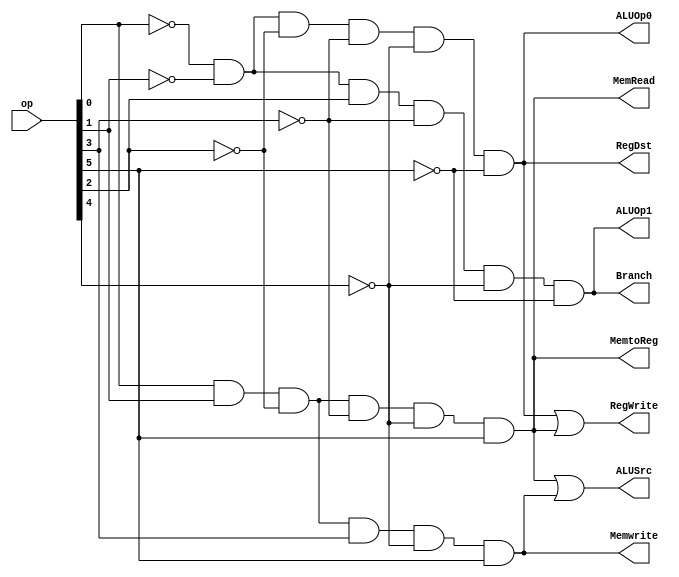
module main_control_pla(RegDst,ALUSrc,MemtoReg,RegWrite,MemRead,Memwrite,Branch,ALUOp0,ALUOp1,op);
    input [5:0] op;
    output RegDst,ALUSrc,MemtoReg,RegWrite,MemRead,Memwrite,Branch,ALUOp0,ALUOp1;
    

    wire Rformat,lw,sw,beq;

    assign Rformat=(~op[0])&(~op[1])&(~op[2])&(~op[3])&(~op[4])&(~op[5]);
    assign lw=(op[0])&(op[1])&(~op[2])&(~op[3])&(~op[4])&(op[5]);
    assign sw=(op[0])&(op[1])&(~op[2])&(op[3])&(~op[4])&(op[5]);
    assign beq=(~op[0])&(~op[1])&(op[2])&(~op[3])&(~op[4])&(~op[5]);

    assign RegDst=Rformat;
    assign  ALUSrc=lw|sw;
    assign MemtoReg=lw;
    assign RegWrite=Rformat|lw;
    assign MemRead=lw;
    assign Memwrite=sw;
    assign Branch=beq;
    assign ALUOp0=Rformat;
    assign ALUOp1=beq;

endmodule